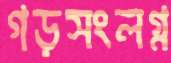
গড়সংলগ্ন